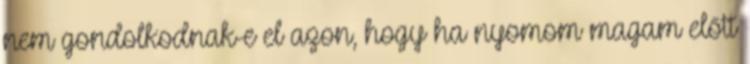
nem gondolkodnak-e el azon, hogy ha nyomom magam előtt